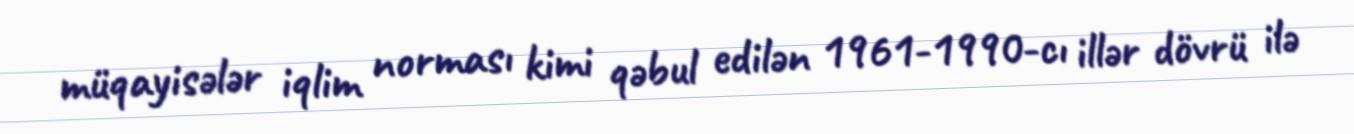
müqayisələr iqlim norması kimi qəbul edilən 1961-1990-cı illər dövrü ilə